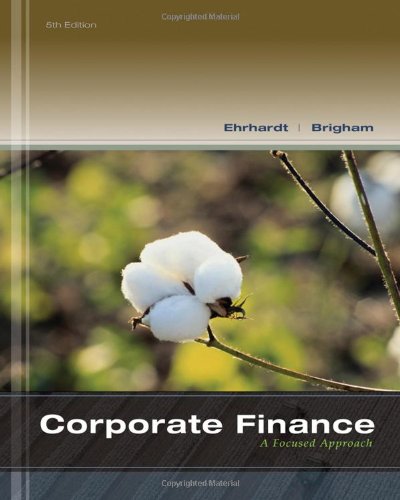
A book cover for Corporate Finance: A Focused Approach (with Thomson ONE - Business School Edition 6-Month Printed Access Card) (Finance Titles in the Brigham Family); Michael C. Ehrhardt; Business & Money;